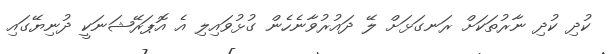
ކުދި ކުދި ނާރުތަކަށް ރަނގަޅަށް ލޭ ދައުރުވާނެހެން ގުޅުވައިލި އެ އޮޕަރޭޝަނަކީ ދުނިޔޭގައި